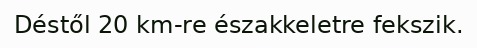
Déstől 20 km-re északkeletre fekszik.